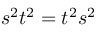
s ^ { 2 } t ^ { 2 } = t ^ { 2 } s ^ { 2 }